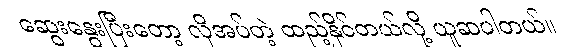
ဆွေးနွေးပြီးတော့ လိုအပ်တဲ့ ထည့်နိုင်တယ်လို့ ယူဆပါတယ်။